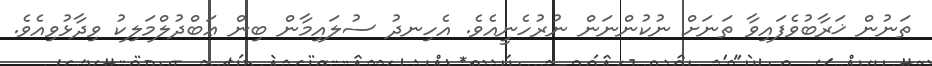
ތަނުން ޚަރާބުވެފައިވާ ތަނަށް ނުކުންނަން ނުރުހެނީއެވެ. އެހިނދު ސުލައިމާން ބިން ޢަބްދުލްމަލިކު ވިދާޅުވިއެވެ.